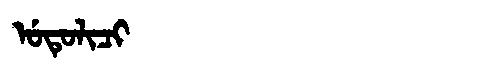
Manchu: ᡠᡨᡠᠯᡳᠴᡳ
Romanization: UTULICI